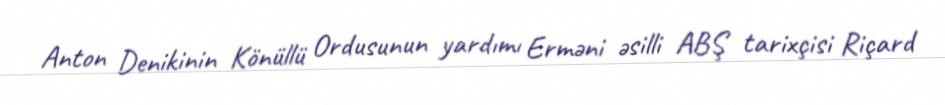
Anton Denikinin Könüllü Ordusunun yardımı Erməni əsilli ABŞ tarixçisi Riçard